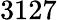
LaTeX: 3127